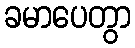
ခမာပေတွာ